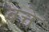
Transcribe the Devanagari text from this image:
बत्ते